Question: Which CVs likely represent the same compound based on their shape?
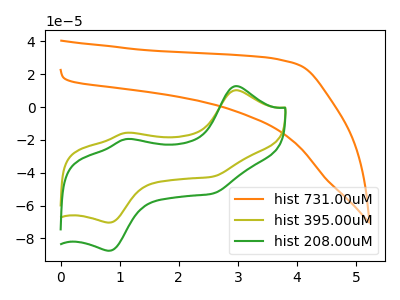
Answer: <think>The orange curve "hist 731.00uM" has no peaks. The olive curve "hist 395.00uM" has anodic peaks at (2.95V, 10.25uA) (1.10V, -15.75uA) and cathodic peaks at (0.85V, -70.35uA) (2.60V, -42.35uA). The green curve "hist 208.00uM" has anodic peaks at (2.95V, 12.75uA) (1.10V, -19.55uA) and cathodic peaks at (0.85V, -87.50uA) (2.60V, -52.65uA).
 "hist 731.00uM" and "hist 395.00uM" have a different number of peaks. "hist 731.00uM" and "hist 208.00uM" have a different number of peaks. All the peaks in "hist 395.00uM" have a peak in "hist 208.00uM" at the same potential.</think>
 <answer>"hist 395.00uM" and "hist 208.00uM" have the same shape and are likely CV's of the same chemical.</answer>
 <eval>"hist 395.00uM" "hist 208.00uM"</eval>